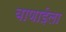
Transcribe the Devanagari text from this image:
बाणाईला